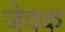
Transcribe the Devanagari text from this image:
जेवक